Annual report on the working of the mental hospitals in the Madras Presidency - 1912-1932
Year: 1912
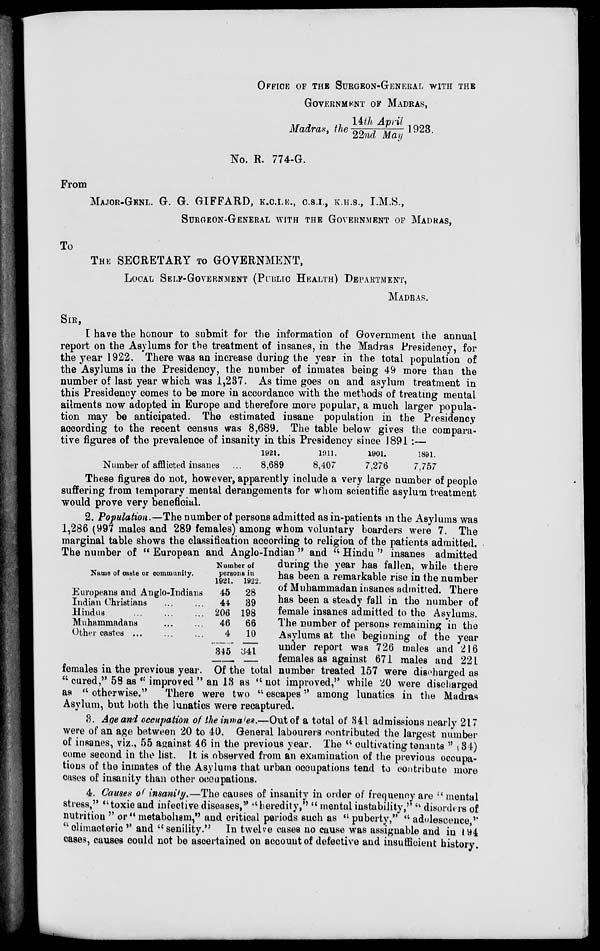
OFFICE OF THE SURGEON-GENERAL WITH THE
GOVERNMENT OF MADRAS,
Madras, the 14th April/22nd May 1923.
No. R. 774-G.
From
MAJOR-GENL. G. G. GIFFARD, K.C.I.E., C.S.I., K.H.S., I.M.S.,
SURGEON GENERAL WITH THE GOVERNMENT OF MADRAS,
To
THE SECRETARY TO GOVERNMENT,
LOCAL SELF-GOVERNMENT (PUBLIC HEALTH) DEPARTMENT,
MADRAS.
SIR,
I have the honour to submit for the information of Government the annual
report on the Asylums for the treatment of insanes, in the Madras Presidency, for
the year 1922. There was an increase during the year in the total population of
the Asylums in the Presidency, the number of inmates being 49 more than the
number of last year which was 1,237. As time goes on and asylum treatment in
this Presidency comes to be more in accordance with the methods of treating mental
ailments now adopted in Europe and therefore more popular, a much larger popula-
tion may be anticipated. The estimated insane population in the Presidency
according to the recent census was 8,689. The table below gives the compara-
tive figures of the prevalence of insanity in this Presidency since 1891 :—
Number of afflicted insanes ...
1921.
8,689
1911.
8,407
1901.
7,276
1891.
7,757
Name of caste or community.
Europeans and Anglo-Indians
Indian Christians ... ...
Hindus ... ... ...
Muhammadans ... ...
Other castes ... ... ...
Number of
persons in
1921.
45
44
206
46
4
345
1922.
28
39
198
66
10
341
These figures do not, however, apparently include a very large number of people
suffering from temporary mental derangements for whom scientific asylum treatment
would prove very beneficial.
2. Population.—The number of persons admitted as in-patients in the Asylums was
1,286 (997 males and 289 females) among whom voluntary boarders were 7. The
marginal table shows the classification according to religion of the patients admitted.
The number of " European and Anglo-Indian " and " Hindu " insanes admitted
during the year has fallen, while there
has been a remarkable rise in the number
of Muhammadan insanes admitted. There
has been a steady fall in the number of
female insanes admitted to the Asylums.
The number of persons remaining in the
Asylums at the beginning of the year
under report was 726 males and 216
females as against 671 males and 221
females in the previous year. Of the total number treated 157 were discharged as
"cured," 58 as " improved " an 13 as " not improved," while 20 were discharged
as " otherwise."
There were two " escapes" among lunatics in the Madras
Asylum, but both the lunatics were recaptured.
3. Age and occupation of the inmates.—Out of a total of 341 admissions nearly 217
were of an age between 20 to 40. General labourers contributed the largest number
of insanes, viz., 55 against 46 in the previous year. The " cultivating tenants " (34)
come second in the list. It is observed from an examination of the previous occupa-
tions of the inmates of the Asylums that urban occupations tend to contribute more
cases of insanity than other occupations.
4. Causes of insanity.—The causes of insanity in order of frequency are "mental
stress," "toxic and infective diseases," "heredity," "mental instability," " disorders of
nutrition " or " metabolism,"and critical periods such as " puberty," " adolescence,"
"climacteric" and "senility." In twelve cases no cause was assignable and in 194
cases, causes could not be ascertained on account of defective and insufficient history.